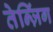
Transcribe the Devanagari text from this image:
तेन्ज़िंग